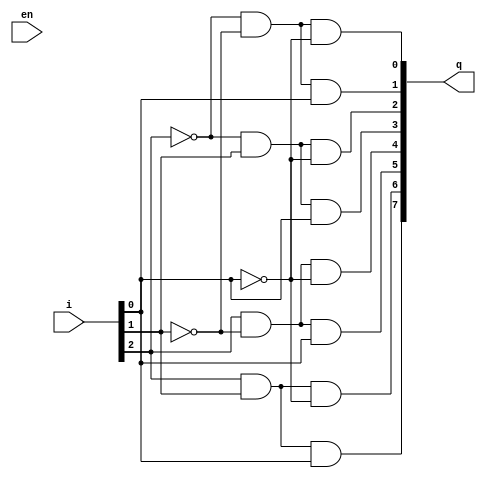
`timescale 1ns / 1ps
//////////////////////////////////////////////////////////////////////////////////
// Company: 
// Engineer: 
// 
// Design Name: 
// Module Name:    dec3to8 
// Project Name: 
// Target Devices: 
// Tool versions: 
// Description: 
//
// Dependencies: 
//
// Revision: 
// Revision 0.01 - File Created
// Additional Comments: 
//
//////////////////////////////////////////////////////////////////////////////////
module dec3to8(
    input [0:2]i,
    output [7:0]q,
    input en
    );
assign q[0]= ~i[0]&~i[1]&~i[2];
assign q[1]= ~i[0]&~i[1]&i[2];
assign q[2]= ~i[0]&i[1]&~i[2];
assign q[3]= ~i[0]&i[1]&i[2];
assign q[4]= i[0]&~i[1]&~i[2];
assign q[5]= i[0]&~i[1]&i[2];
assign q[6]= i[0]&i[1]&~i[2];
assign q[7]= i[0]&i[1]&i[2];


endmodule